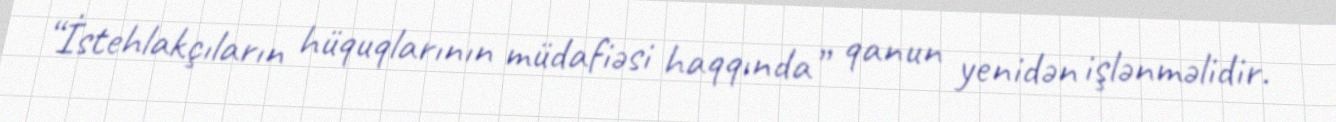
“İstehlakçıların hüquqlarının müdafiəsi haqqında” qanun yenidən işlənməlidir.